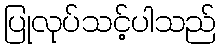
ပြုလုပ်သင့်ပါသည်